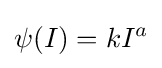
\psi (I)=kI^{a}